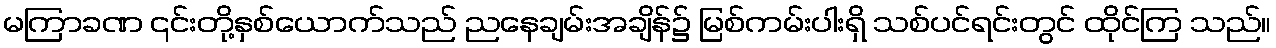
မကြာခဏ ၎င်းတို့နှစ်ယောက်သည် ညနေချမ်းအချိန်၌ မြစ်ကမ်းပါးရှိ သစ်ပင်ရင်းတွင် ထိုင်ကြ သည်။